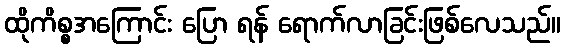
ထိုကိစ္စအကြောင်း ပြော ရန် ရောက်လာခြင်းဖြစ်လေသည်။